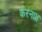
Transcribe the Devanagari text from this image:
करना।।